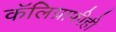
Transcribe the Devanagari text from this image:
कॅलिग्राफीही